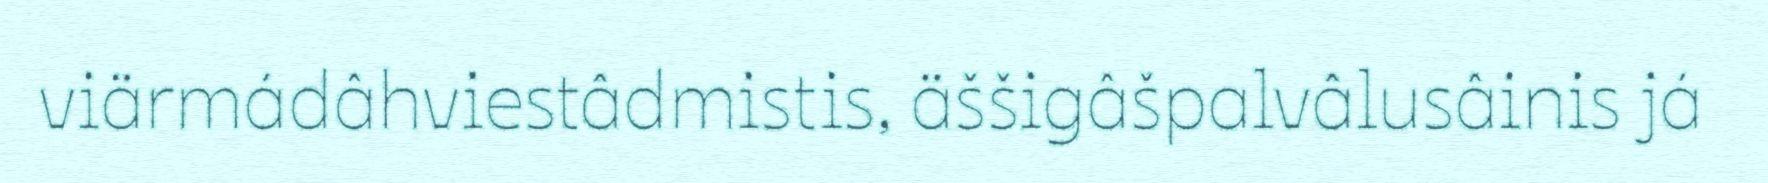
viärmádâhviestâdmistis, äššigâšpalvâlusâinis já